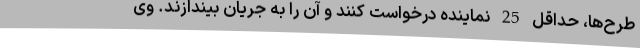
طرح‌ها، حداقل 25 نماینده درخواست کنند و آن را به جریان بیندازند. وی